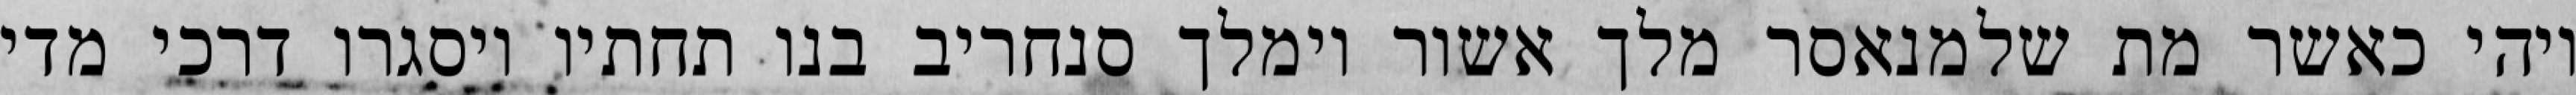
ויהי כאשר מת שלמנאסר מלך אשור וימלך סנחריב בנו תחתיו ויסגרו דרכי מדי